Development of the Leishman-Donovan parasite in Cimex rotundatus - Number 31
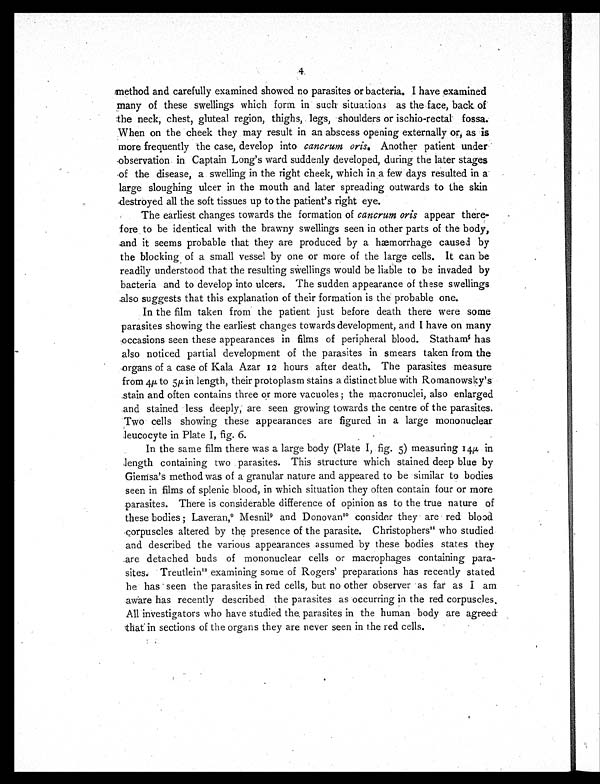
4
method and carefully examined showed no parasites or bacteria. I have examined
many of these swellings which form in such situations as the face, back. of
the neck, chest, gluteal region, thighs, legs, shoulders or ischio-rectal fossa.
When on the cheek they may result in an abscess opening externally or, as is
more frequently the case, develop into cancrum oris.Another patient under
observation in Captain Long's ward suddenly developed, during the later stages
of the disease, a swelling in the right cheek, which in a few days resulted in a
large sloughing ulcer in the mouth and later spreading outwards to the skin
destroyed all the soft tissues up to the patient's right eye.
The earliest changes towards the formation of cancrum oris appear there-
fore to be identical with the brawny swellings seen in other parts of the body,
and it seems probable that they are produced by a hæmorrhage caused by
the blocking, of a small vessel by one or more of the large cells. It can be
readily understood that the resulting swellings would be liable to be invaded by
bacteria and to develop into ulcers. The sudden appearance of these swellings
also suggests that this explanation of their formation is the probable one.
In the film taken from the patient just before death there were some
parasites showing the earliest changes towards development, and I have on many
occasions seen these appearances in films of peripheral blood. Statham5has
also noticed partial development of the parasites in smears taken from the
organs of a case of Kala Azar 12 hours after death. The parasites measure
from 4µ to 5µ in length, their protoplasm stains a distinct blue with Romanowsky's
stain and often contains three or more vacuoles ; the macronuclei, also enlarged
and stained less deeply; are seen growing towards the centre of the parasites.
Two cells showing these appearances are figured in a large mononuclear
leucocyte in Plate I, fig. 6.
In the same film there was a large body (Plate I, fig. 5) measuring 14 µ in
length containing two parasites. This structure which stained deep blue by
Giemsa's method was of a granular nature and appeared to be similar to bodies
seen in films of splenic blood, in which situation they often contain four or more
parasites. There is considerable difference of opinion as to the true nature of
these bodies ; Laveran, 9 Mesni19 and Donovan10consider they are red blood
corpuscles altered by the presence of the parasite. Christophers11who studied
and described the various appearances assumed by these bodies states they
are detached buds of mononuclear cells or macrophages containing para-
sites. Treutlein1 2
examining some of Rogers' preparations has recently stated
he has seen the parasites in red cells, but no other observer as far as I am
aware has recently described the parasites as occurring in the red corpuscles.
All investigators who have studied the parasites in the human body are agreed
that in sections of the organs they are never seen in the red cells.